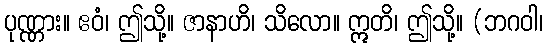
ပုဏ္ဏား။ ဧဝံ၊ ဤသို့။ ဇာနာဟိ၊ သိလော။ ဣတိ၊ ဤသို့။ (ဘဂဝါ၊